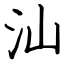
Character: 汕